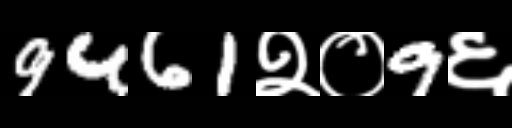
Text: 9461२०9६